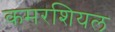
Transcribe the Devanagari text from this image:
कमरशियल